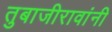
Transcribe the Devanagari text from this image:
तुबाजीरावांनी